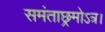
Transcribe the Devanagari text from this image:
समंताछ्रमोऽत्र।